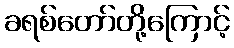
ခရစ်တော်တို့ကြောင့်